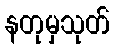
နတုမှသုတ်